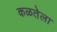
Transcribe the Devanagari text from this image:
कळतेला